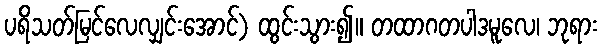
ပရိသတ်မြင်လေလျှင်းအောင်) ထွင်းသွား၍။ တထာဂတပါဒမူလေ၊ ဘုရား